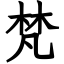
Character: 梵